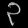
Digit: ၃